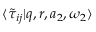
\langle \tilde { \tau } _ { i j } | q , r , a _ { 2 } , \omega _ { 2 } \rangle